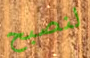
لنصبح